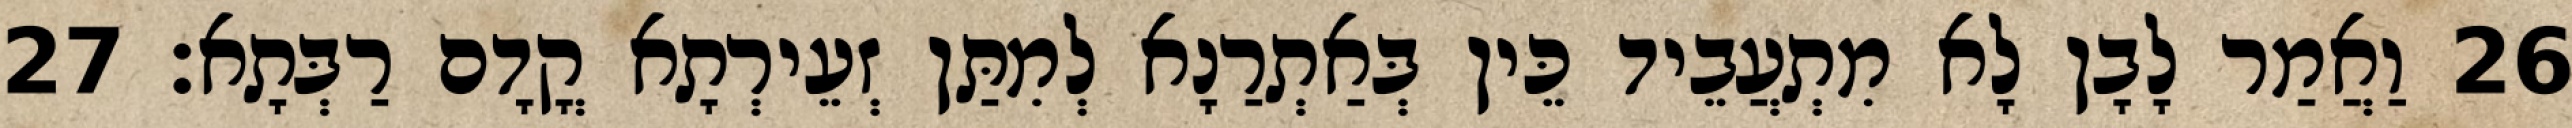
26 וַאֲמַר לָבָן לָא מִתְעֲבֵיד כֵּין בְּאַתְרַנָא לְמִתַּן זְעֵירְתָא קֳדָם רַבְּתָא׃ 27